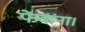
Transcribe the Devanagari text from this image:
फेंकना।